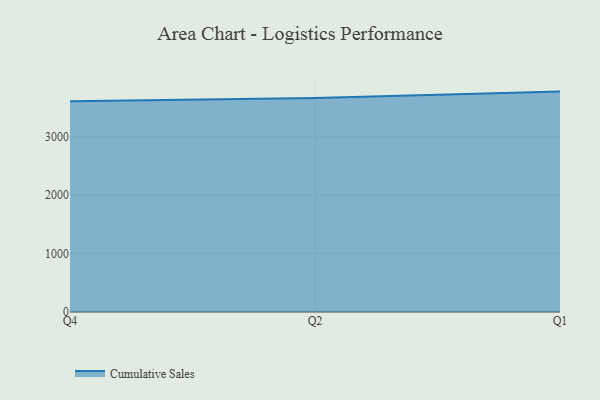
{"axis": {"x": "Quarter", "y": "Tickets Resolved"}, "legend": ["Cumulative Sales"], "data": [{"x": "Q4", "y": 3607.5, "type": "Cumulative Sales"}, {"x": "Q2", "y": 3661.6, "type": "Cumulative Sales"}, {"x": "Q1", "y": 3770.7, "type": "Cumulative Sales"}]}